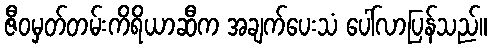
ဇီဝမှတ်တမ်းကိရိယာဆီက အချက်ပေးသံ ပေါ်လာပြန်သည်။